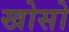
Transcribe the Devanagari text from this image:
खोसो